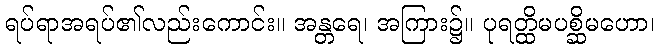
ရပ်ရာအရပ်၏လည်းကောင်း။ အန္တရေ၊ အကြား၌။ ပုရတ္ထိမပစ္ဆိမဟော၊